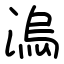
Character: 溩